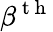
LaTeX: \beta^{\mathrm{~t~h~}}